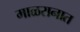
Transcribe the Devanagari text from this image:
माळरानात